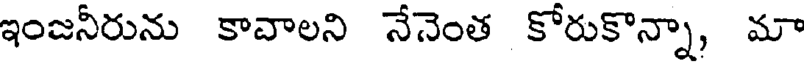
ఇంజనీరును కావాలని నేనెంత కోరుకొన్నా, మా